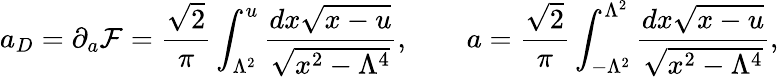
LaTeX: a_{D}=\partial_{a}{\cal F}={\frac{\sqrt 2}{\pi}}\int_{\Lambda^{2}}^{u}{\frac{dx\sqrt{x-u}}{\sqrt{x^{2}-{\Lambda^{4}}}}},\qquad a={\frac{\sqrt 2}{\pi}}\int_{-{\Lambda^{2}}}^{\Lambda^{2}}{\frac{dx\sqrt{x-u}}{\sqrt{x^{2}-{\Lambda^{4}}}}},